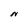
Character: N